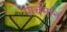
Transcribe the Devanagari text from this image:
पार्चमान